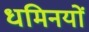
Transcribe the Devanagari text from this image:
धमिनयों